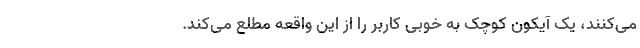
می‌کنند، یک آیکون کوچک به خوبی کاربر را از این واقعه مطلع می‌کند.